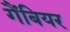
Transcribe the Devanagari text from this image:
गैंबियर